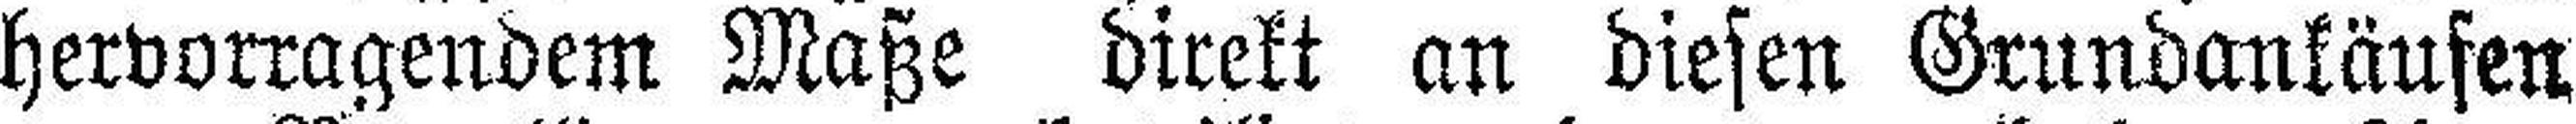
hervorragendem Maße direkt an diesen Grundankäufen